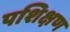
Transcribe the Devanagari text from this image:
पशिक्षण